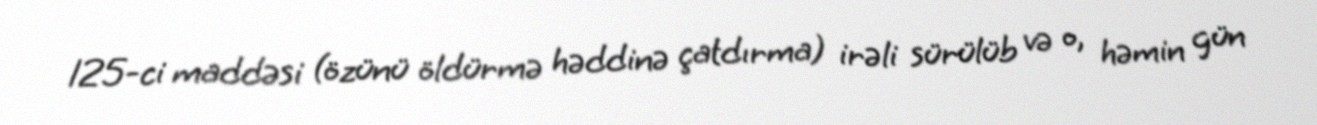
125-ci maddəsi (özünü öldürmə həddinə çatdırma) irəli sürülüb və o, həmin gün